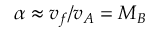
\alpha \approx v _ { f } / v _ { A } = M _ { B }